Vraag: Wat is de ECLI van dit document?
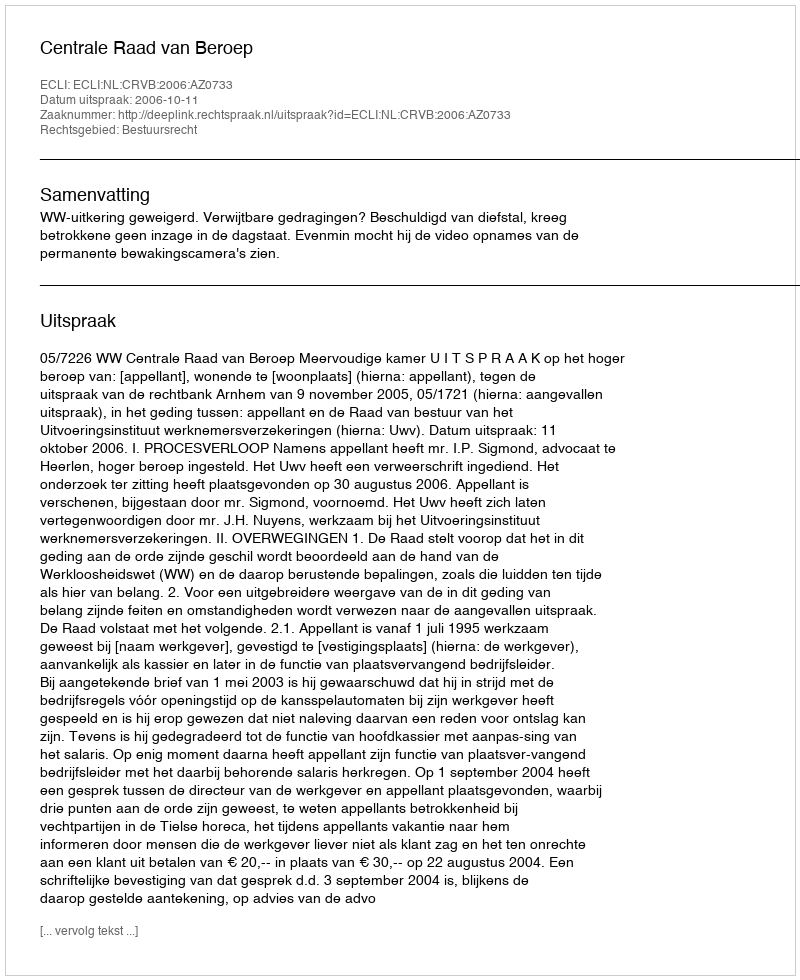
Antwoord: ECLI:NL:CRVB:2006:AZ0733